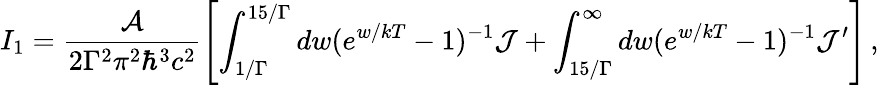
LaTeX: I_{1}=\frac{{\cal A}}{2\Gamma^{2}\pi^{2}\hbar^{3}c^{2}}\left[\int_{1/\Gamma}^{15/\Gamma}dw(e^{w/kT}-1)^{-1}{\cal J}+\int_{15/\Gamma}^{\infty}dw(e^{w/kT}-1)^{-1}{\cal J^{\prime}}\right]\, ,